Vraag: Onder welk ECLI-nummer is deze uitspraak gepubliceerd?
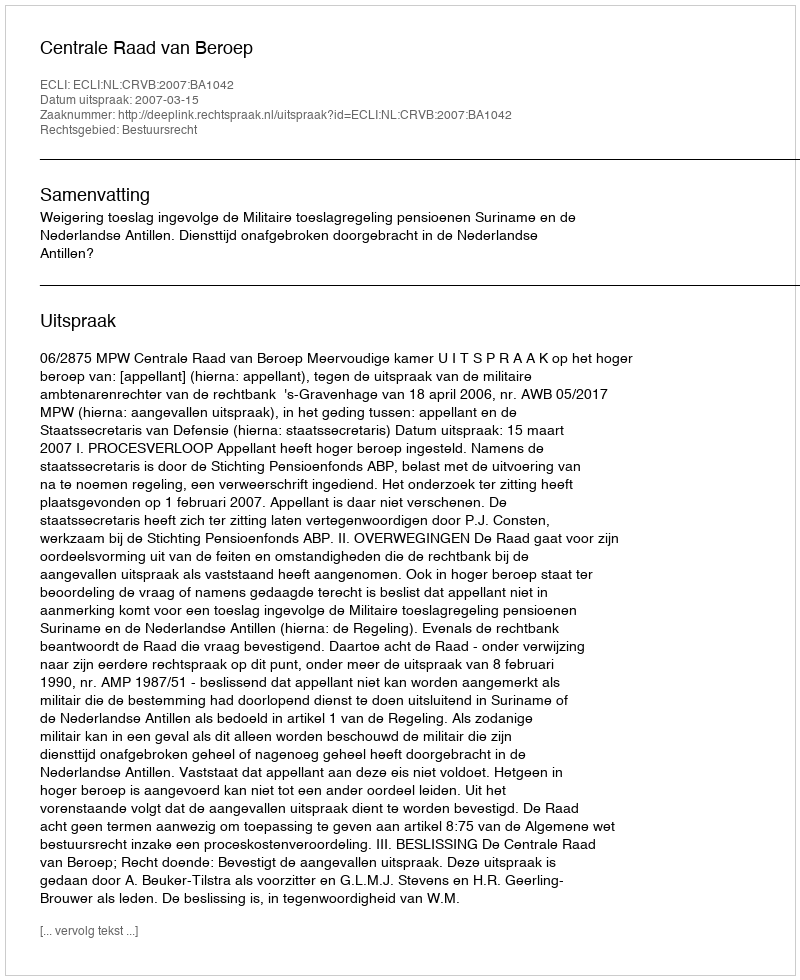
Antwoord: ECLI:NL:CRVB:2007:BA1042